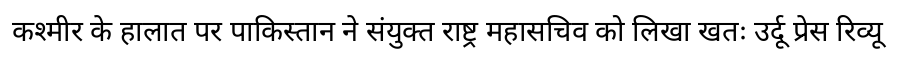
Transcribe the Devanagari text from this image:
कश्मीर के हालात पर पाकिस्तान ने संयुक्त राष्ट्र महासचिव को लिखा खतः उर्दू प्रेस रिव्यू